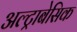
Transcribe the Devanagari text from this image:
अल्ट्राबेसिक